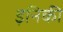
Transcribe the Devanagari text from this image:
इनिकी